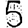
Digit: 5